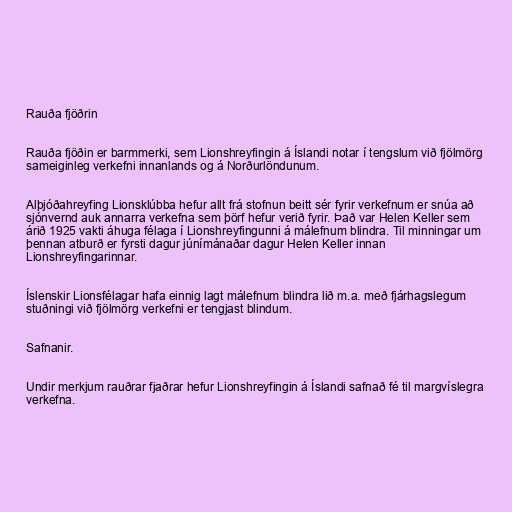
Rauða fjöðrin

Rauða fjöðin er barmmerki, sem Lionshreyfingin á Íslandi notar í tengslum við fjölmörg
sameiginleg verkefni innanlands og á Norðurlöndunum.

Alþjóðahreyfing Lionsklúbba hefur allt frá stofnun beitt sér fyrir verkefnum er snúa að
sjónvernd auk annarra verkefna sem þörf hefur verið fyrir. Það var Helen Keller sem
árið 1925 vakti áhuga félaga í Lionshreyfingunni á málefnum blindra. Til minningar um
þennan atburð er fyrsti dagur júnímánaðar dagur Helen Keller innan
Lionshreyfingarinnar.

Íslenskir Lionsfélagar hafa einnig lagt málefnum blindra lið m.a. með fjárhagslegum
stuðningi við fjölmörg verkefni er tengjast blindum.

Safnanir.

Undir merkjum rauðrar fjaðrar hefur Lionshreyfingin á Íslandi safnað fé til margvíslegra
verkefna.